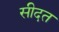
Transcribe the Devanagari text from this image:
सीदत